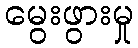
မွေးဖွားမှု